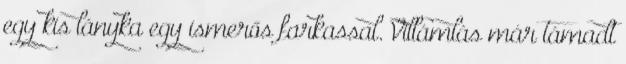
egy kis lányka egy ismerős farkassal. Villámlás már támadt